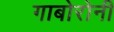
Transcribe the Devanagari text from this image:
गाबोरोनी